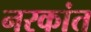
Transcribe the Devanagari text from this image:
नरकांत